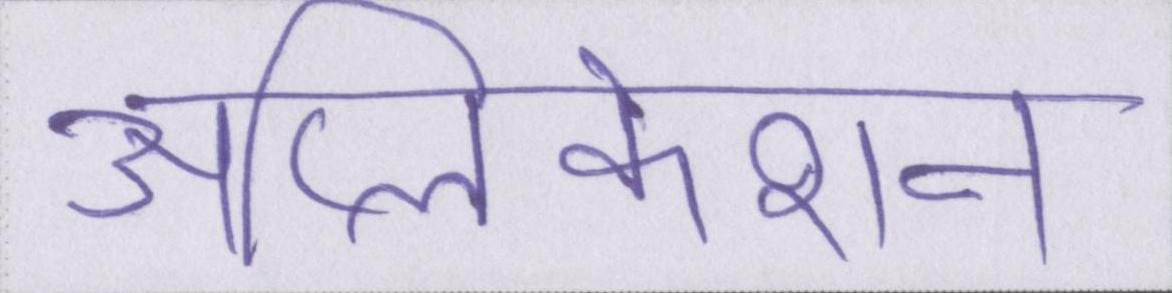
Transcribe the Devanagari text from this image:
ॲप्लिकेशन